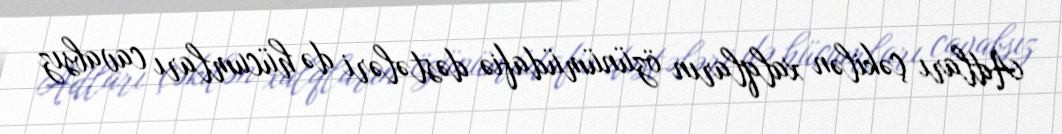
Adları çəkilən xalqların özünümüdafiə dəstələri də hücumları cavabsız